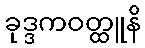
ခုဒ္ဒကဝတ္ထူနိ